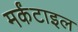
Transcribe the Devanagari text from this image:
मर्कंटाइल